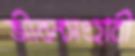
জীবনসংহারী